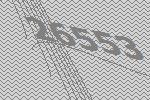
26553